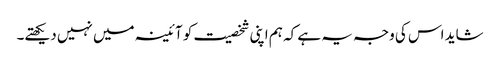
شاید اس کی وجہ یہ ہے کہ ہم اپنی شخصیت کو آئینہ میں نہیں دیکھتے۔